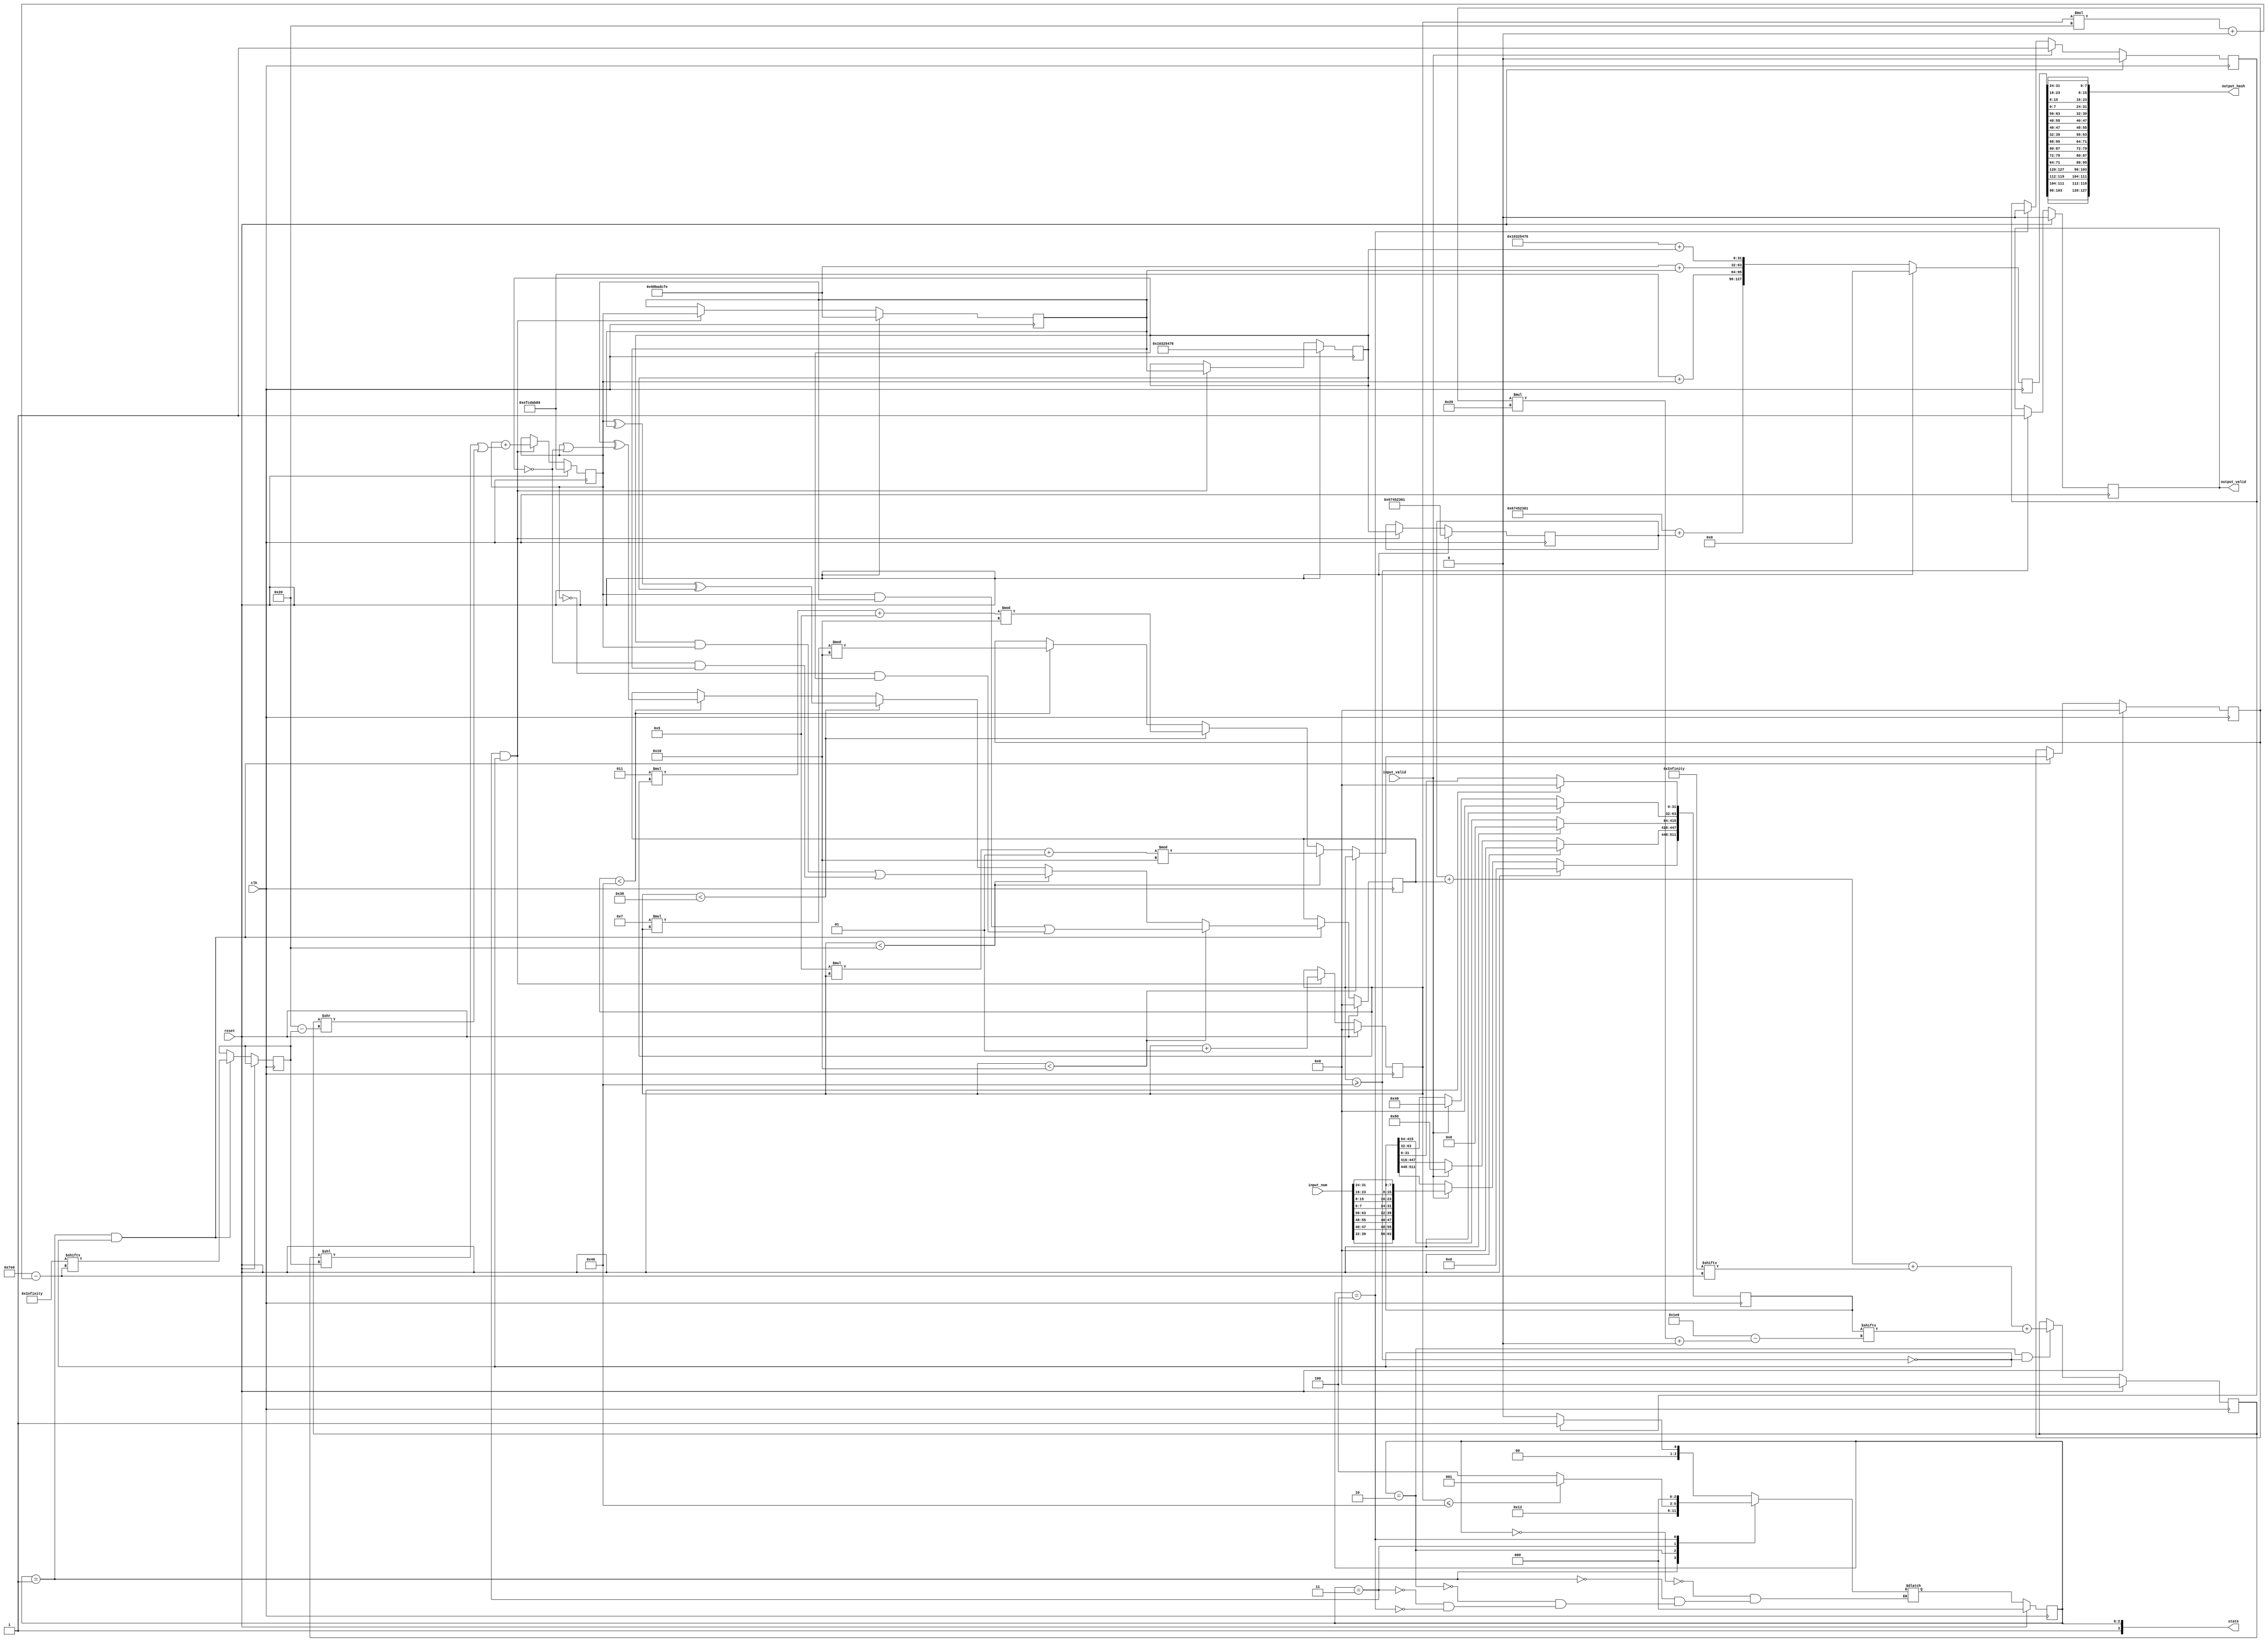
`timescale 1ns / 1ps
//////////////////////////////////////////////////////////////////////////////////
// Company: 
// Engineer: 
// 
// Design Name:  Birb
// Module Name: md5
// Project Name: 
// Target Devices: 
// Tool Versions: 
// Description: 
// 
// Dependencies: 
// 
// Revision:
// Revision 0.01 - File Created
// Additional Comments:
// 
//////////////////////////////////////////////////////////////////////////////////
module md5(
    input clk,
    input reset,
    input [0:8*8-1] input_num,
    input input_valid,
    output  [0:128-1] output_hash,
    output  output_valid,
    output  [3:0] state
);

localparam [2:0] S_WAIT = 3'b000, S_CAL_F = 3'b001, S_ROTATE = 3'b010,S_ADD = 3'b011, S_DONE = 3'b100;   
reg [0:32*64 -1] r ={
    32'd7, 32'd12, 32'd17, 32'd22, 32'd7, 32'd12, 32'd17, 32'd22, 32'd7, 32'd12, 32'd17, 32'd22, 32'd7, 32'd12, 32'd17, 32'd22,
    32'd5, 32'd9  , 32'd14, 32'd20, 32'd5,  32'd9 , 32'd14, 32'd20, 32'd5, 32'd9  , 32'd14, 32'd20, 32'd5,  32'd9 , 32'd14, 32'd20,
    32'd4, 32'd11, 32'd16, 32'd23, 32'd4, 32'd11, 32'd16, 32'd23, 32'd4, 32'd11, 32'd16, 32'd23, 32'd4, 32'd11, 32'd16, 32'd23,
    32'd6, 32'd10, 32'd15, 32'd21, 32'd6, 32'd10, 32'd15, 32'd21, 32'd6, 32'd10, 32'd15, 32'd21, 32'd6, 32'd10, 32'd15, 32'd21
};

reg [0:32*64-1]k = {
    32'hd76aa478, 32'he8c7b756, 32'h242070db, 32'hc1bdceee,
    32'hf57c0faf, 32'h4787c62a, 32'ha8304613, 32'hfd469501,
    32'h698098d8, 32'h8b44f7af, 32'hffff5bb1, 32'h895cd7be,
    32'h6b901122, 32'hfd987193, 32'ha679438e, 32'h49b40821,
    32'hf61e2562, 32'hc040b340, 32'h265e5a51, 32'he9b6c7aa,
    32'hd62f105d, 32'h02441453, 32'hd8a1e681, 32'he7d3fbc8,
    32'h21e1cde6, 32'hc33707d6, 32'hf4d50d87, 32'h455a14ed,
    32'ha9e3e905, 32'hfcefa3f8, 32'h676f02d9, 32'h8d2a4c8a,
    32'hfffa3942, 32'h8771f681, 32'h6d9d6122, 32'hfde5380c,
    32'ha4beea44, 32'h4bdecfa9, 32'hf6bb4b60, 32'hbebfbc70,
    32'h289b7ec6, 32'heaa127fa, 32'hd4ef3085, 32'h04881d05,
    32'hd9d4d039, 32'he6db99e5, 32'h1fa27cf8, 32'hc4ac5665,
    32'hf4292244, 32'h432aff97, 32'hab9423a7, 32'hfc93a039,
    32'h655b59c3, 32'h8f0ccc92, 32'hffeff47d, 32'h85845dd1,
    32'h6fa87e4f, 32'hfe2ce6e0, 32'ha3014314, 32'h4e0811a1,
    32'hf7537e82, 32'hbd3af235, 32'h2ad7d2bb, 32'heb86d391
};

reg [31:0] h0 = 32'h67452301;
reg [31:0] h1 = 32'hefcdab89;
reg [31:0] h2 = 32'h98badcfe;
reg [31:0] h3 = 32'h10325476;
reg [31:0] a, b, c, d, f, g, temp, temp2,temp3;

reg cal_done, cal_start;
reg [0:512-1] msg;

integer shift_amt, idx;

reg [2:0] P, P_next;

wire finished;
reg [0:128-1]  output_temp;
assign output_valid = cal_done;
assign output_hash = {output_temp[24+:8], output_temp[16+:8], output_temp[8+:8], output_temp[0+:8],
                                      output_temp[56+:8], output_temp[48+:8], output_temp[40+:8], output_temp[32+:8],
                                      output_temp[88+:8], output_temp[80+:8], output_temp[72+:8], output_temp[64+:8],
                                      output_temp[120+:8], output_temp[112+:8], output_temp[104+:8], output_temp[96+:8]};
assign state =  {1'b1, P};
assign finished = (idx >= 64);

always @(posedge clk) begin
  if (reset) output_temp <=0; // read samples at 000 first
  else output_temp <= {h0+a, h1+b, h2+c, h3+d};
end

// clear and read input msg
always @(posedge clk) begin
    if (reset)begin
        cal_start <= 0;
        msg <= 0;
    end 
    else if (input_valid == 1)begin
        msg[0:(8*8)-1] <= {input_num[8*3+:8],input_num[8*2+:8],input_num[8*1+:8],input_num[8*0+:8], 
                                        input_num[8*7+:8],input_num[8*6+:8],input_num[8*5+:8],input_num[8*4+:8]};
                                        // input_num has wired order
        msg[(32*2)+:32] <= 32'd128;
        msg[(32*14)+:32] <= 32'd64; // i don't know why
        cal_start <=1;
    end
    else if (P == S_DONE)begin
        cal_start <=0;
    end
end

// calculate md5 block F
always @(posedge clk) begin
    if (reset)begin
        f <=0;
        g<=0;
    end
    else if(P == S_CAL_F && !finished) begin
        shift_amt <= r[(idx*32)+:32];
        if(idx<16)begin
            f  <= (b & c) | ((~b) & d); //good
            g <= idx;
        end
        else if (idx<32)begin
            f <= (d & b) | ((~d) & c);
            g <= (5*idx + 1) % 16;
        end
        else if (idx<48)begin
            f <= b ^ c ^ d;
            g <= (3*idx + 5) % 16;  
        end
        else if (idx<64)begin
            f <= c ^ (b | (~d));
            g <= (7*idx) % 16;
        end
    end
end
reg [63:0] sum;
always @(posedge clk) begin
    if (reset)begin
        temp <= 0;
    end
    else if(P == S_ROTATE && !finished)begin
        temp <=  a+ f+  k[(idx*32)+:32]+ msg[(g*32)+:32];
    end
end
reg [31:0] d_temp;
always @(posedge clk) begin
    if (reset)begin
        idx <= 0;
        a <= h0;
        b <= h1;
        c <= h2;
        d <= h3;
    end
    else if(P == S_ADD&& !finished) begin
        d<=c;
        c<=b;
        b<= b + (   (temp<<shift_amt) | (temp>>(32-shift_amt) )  ); //+ has more priority than or
        a<= d;
        idx <=idx +1;
    end
end
always @(posedge clk) begin
    if (reset) cal_done <= 0;
    else if(idx >= 64) cal_done <= 1;
end


always @(posedge clk) begin
  if (reset) P <= S_WAIT; // read samples at 000 first
  else P <= P_next;
end

always @(*) begin // FSM next-state logic
    case (P)
        S_WAIT: // send an address to the SRAM 
            if(cal_start) P_next = S_CAL_F;
            else P_next = S_WAIT;
        S_CAL_F:
            P_next = S_ROTATE;
        S_ROTATE:
            P_next = S_ADD;
        S_ADD:
            if (idx <= 64) P_next = S_CAL_F;
            else P_next = S_DONE;
        S_DONE:
            P_next = S_WAIT;
    endcase
end

endmodule